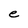
Character: e